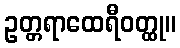
ဥတ္တရာထေရီဝတ္ထု။